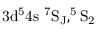
\mathrm { 3 d ^ { 5 } 4 s \ ^ { 7 } S _ { J } , ^ { 5 } S _ { 2 } }